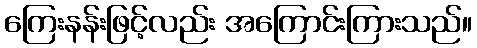
ကြေးနန်းဖြင့်လည်း အကြောင်းကြားသည်။